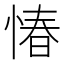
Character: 𢝣